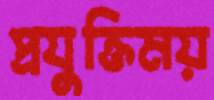
প্রযুক্তিময়